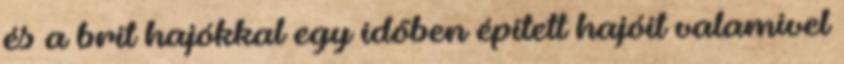
és a brit hajókkal egy időben épített hajóit valamivel